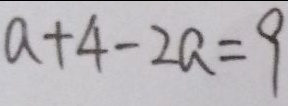
a + 4 - 2 a = 9